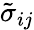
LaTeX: \tilde{\sigma}_{ij}